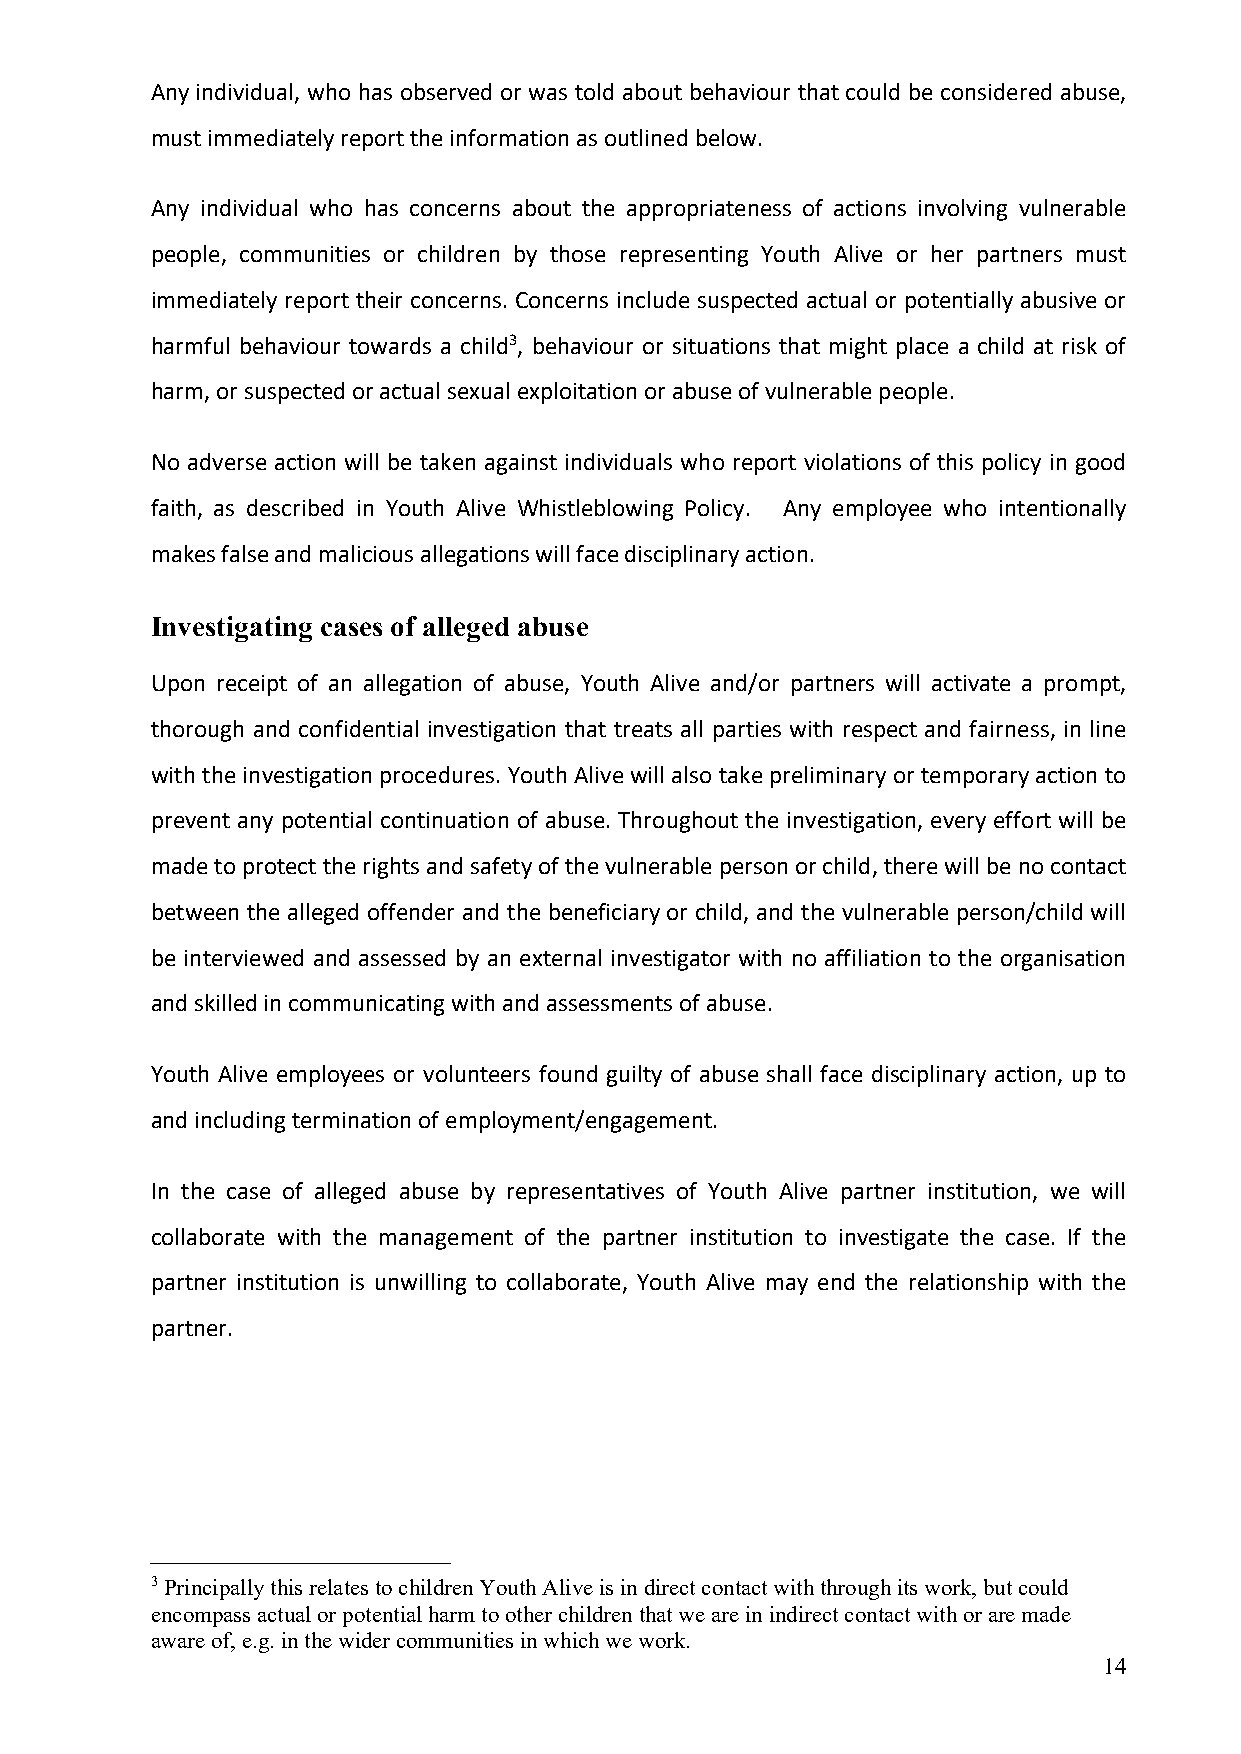
Any individual, who has observed or was told about behaviour that could be considered abuse,
 must immediately report the information as outlined below.
 Any individual who has concerns about the appropriateness of actions involving vulnerable
 people, communities or children by those representing Youth Alive or her partners must
 immediately report their concerns. Concerns include suspected actual or potentially abusive or
 harmful behaviour towards a child3, behaviour or situations that might place a child at risk of
 harm, or suspected or actual sexual exploitation or abuse of vulnerable people.
 No adverse action will be taken against individuals who report violations of this policy in good
 faith, as described in Youth Alive Whistleblowing Policy. Any employee who intentionally
 makes false and malicious allegations will face disciplinary action.
 Investigating cases of alleged abuse
 Upon receipt of an allegation of abuse, Youth Alive and/or partners will activate a prompt,
 thorough and confidential investigation that treats all parties with respect and fairness, in line
 with the investigation procedures. Youth Alive will also take preliminary or temporary action to
 prevent any potential continuation of abuse. Throughout the investigation, every effort will be
 made to protect the rights and safety of the vulnerable person or child, there will be no contact
 between the alleged offender and the beneficiary or child, and the vulnerable person/child will
 be interviewed and assessed by an external investigator with no affiliation to the organisation
 and skilled in communicating with and assessments of abuse.
 Youth Alive employees or volunteers found guilty of abuse shall face disciplinary action, up to
 and including termination of employment/engagement.
 In the case of alleged abuse by representatives of Youth Alive partner institution, we will
 collaborate with the management of the partner institution to investigate the case. If the
 partner institution is unwilling to collaborate, Youth Alive may end the relationship with the
 partner.
 3 Principally this relates to children Youth Alive is in direct contact with through its work, but could
 encompass actual or potential harm to other children that we are in indirect contact with or are made
 aware of, e.g. in the wider communities in which we work.
 14